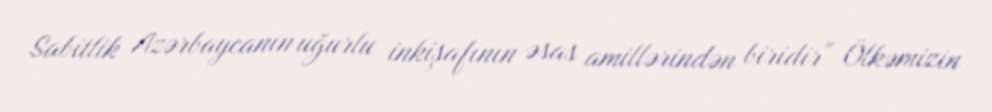
Sabitlik Azərbaycanın uğurlu inkişafının əsas amillərindən biridir" Ölkəmizin